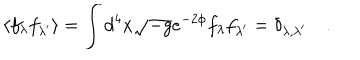
\langle f _ { \lambda } f _ { \lambda ^ { \prime } } \rangle = \int d ^ { 4 } x \sqrt { - g } e ^ { - 2 \phi } f _ { \lambda } f _ { \lambda ^ { \prime } } = \delta _ { \lambda , \lambda ^ { \prime } } \quad .